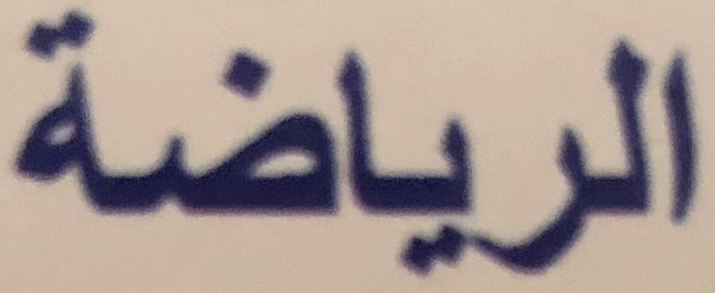
الرياضة